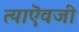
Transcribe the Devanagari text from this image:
त्याऎवजी